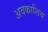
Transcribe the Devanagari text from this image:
अवकाशिय